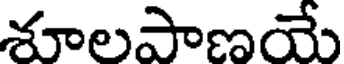
శూలపాణయే